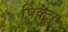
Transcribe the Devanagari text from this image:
पिक्ट्रा